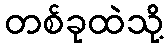
တစ်ခုထဲသို့